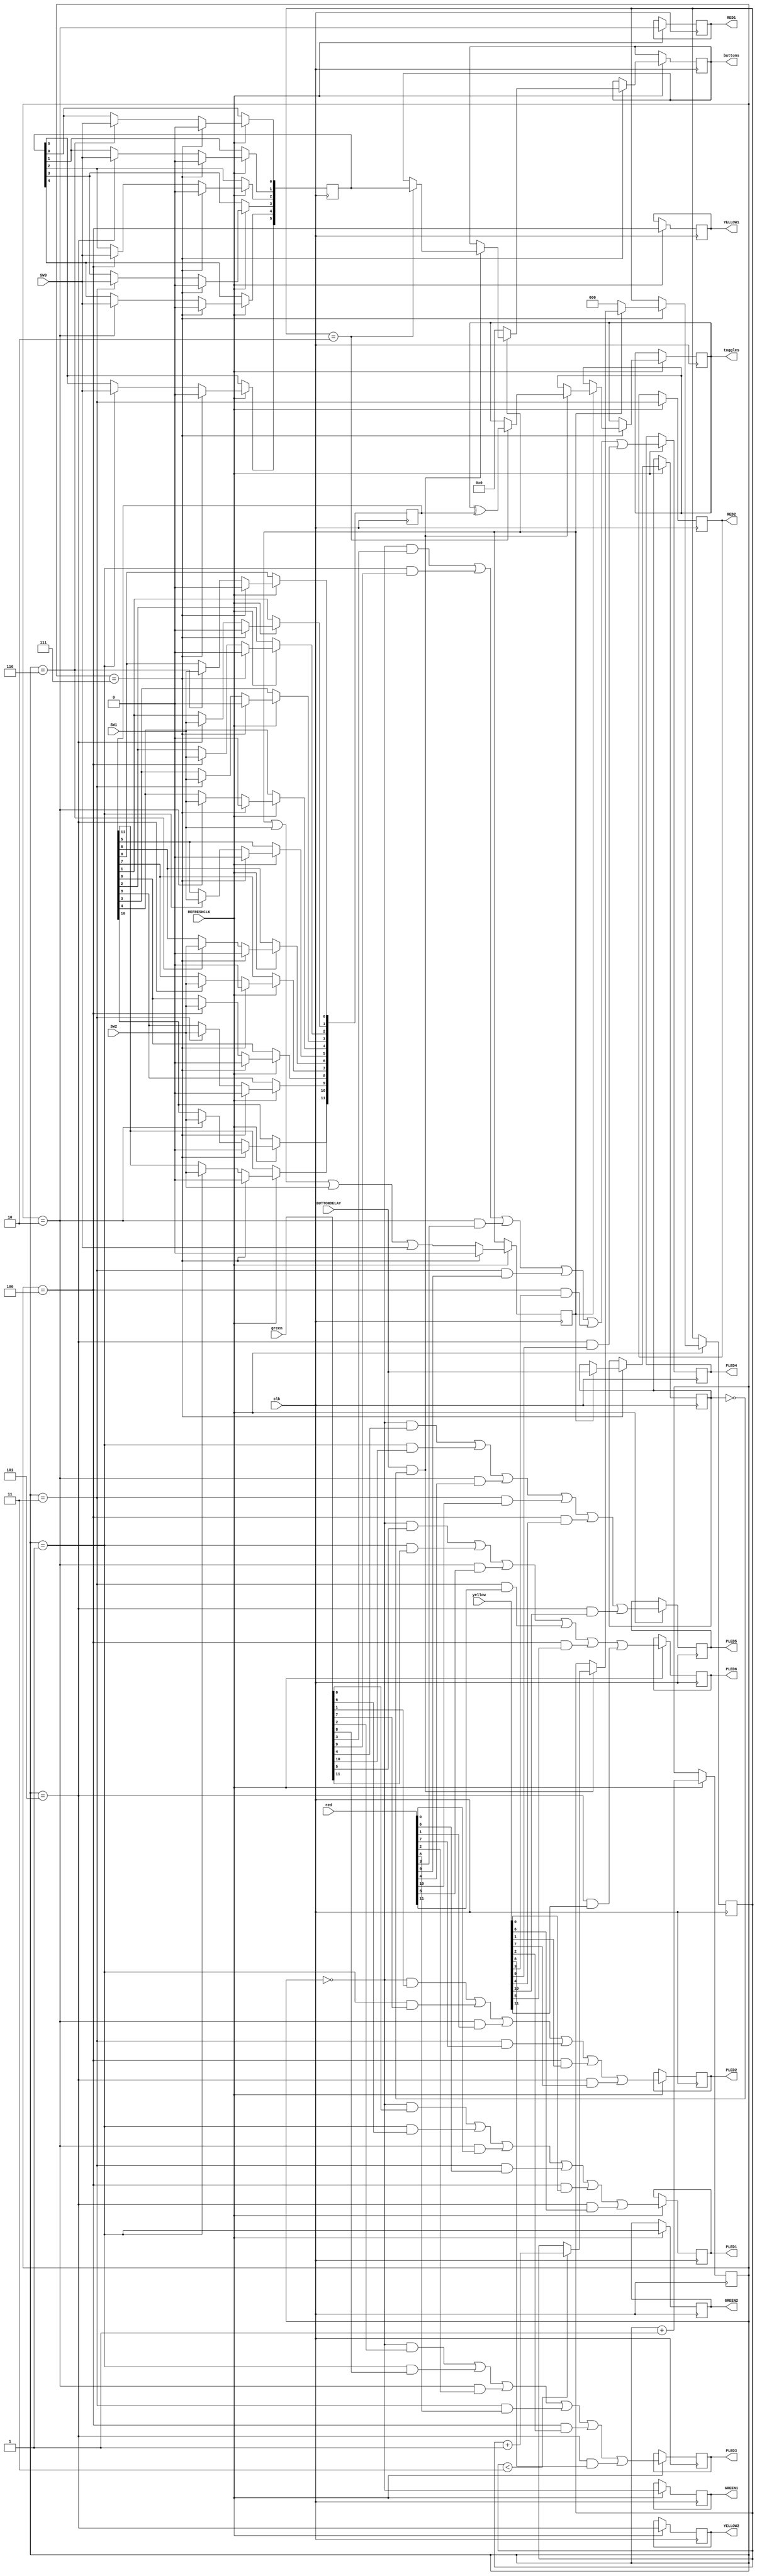
//
// FrontPanel.v - for the PDP-8 in Verilog project
//
// github.com/SmallRoomLabs/PDP8-Verilog
// Mats Engstrom - mats.engstrom@gmail.com
//
// FrontPanel | 0 | 0 | 0 | 0
//

`default_nettype none

module FrontPanel(
  input clk,
  input REFRESHCLK,
  input BUTTONDELAY,
  input [11:0]green,
  input [11:0]red,
  input [11:0]yellow,
  output reg [11:0] toggles=0,
  output reg [5:0] buttons=0,
  output reg GREEN1, GREEN2,
  output reg RED1, RED2,
  output reg YELLOW1, YELLOW2,
  output reg PLED1, PLED2, PLED3, PLED4, PLED5, PLED6,
  input SW1, SW2, SW3
);

reg  [2:0] group=0;
reg [11:0] tmpToggles=0;
reg [5:0] tmpButtons=0;
reg anyon=0;
reg [2:0]cnt=0;
reg LASTBUTTONDLY=0;

always @(posedge clk) begin
  if (REFRESHCLK) begin
      group <= group + 1;
      GREEN1  <= (group==0);
      GREEN2  <= (group==1);
      RED1    <= (group==2);
      RED2    <= (group==3);
      YELLOW1 <= (group==4);
      YELLOW2 <= (group==5);

      PLED1 <=  (group==0 &  green[0]) | (group==1 &  green[6]) |
                (group==2 &    red[0]) | (group==3 &    red[6]) |
                (group==4 & yellow[0]) | (group==5 & yellow[6]);

      PLED2 <=  (group==0 &  green[1]) | (group==1 &  green[7]) |
                (group==2 &    red[1]) | (group==3 &    red[7]) |
                (group==4 & yellow[1]) | (group==5 & yellow[7]);

      PLED3 <=  (group==0 &  green[2]) | (group==1 &  green[8]) |
                (group==2 &    red[2]) | (group==3 &    red[8]) |
                (group==4 & yellow[2]) | (group==5 & yellow[8]);

      PLED4 <=  (group==0 &  green[3]) | (group==1 &  green[9]) |
                (group==2 &    red[3]) | (group==3 &    red[9]) |
                (group==4 & yellow[3]) | (group==5 & yellow[9]);

      PLED5 <=  (group==0 &  green[4]) | (group==1 &  green[10]) |
                (group==2 &    red[4]) | (group==3 &    red[10]) |
                (group==4 & yellow[4]) | (group==5 & yellow[10]);

      PLED6 <=  (group==0 &  green[5]) | (group==1 &  green[11]) |
                (group==2 &    red[5]) | (group==3 &    red[11]) |
                (group==4 & yellow[5]) | (group==5 & yellow[11]);

      if (group==1) begin tmpToggles[5]<=SW1; tmpToggles[11]<=SW2; tmpButtons[5]<=SW3; end
      if (group==2) begin tmpToggles[4]<=SW1; tmpToggles[10]<=SW2; tmpButtons[4]<=SW3; end
      if (group==3) begin tmpToggles[3]<=SW1; tmpToggles[ 9]<=SW2; tmpButtons[3]<=SW3; end
      if (group==4) begin tmpToggles[2]<=SW1; tmpToggles[ 8]<=SW2; tmpButtons[2]<=SW3; end
      if (group==5) begin tmpToggles[1]<=SW1; tmpToggles[ 7]<=SW2; tmpButtons[1]<=SW3; end
      if (group==6) begin tmpToggles[0]<=SW1; tmpToggles[ 6]<=SW2; tmpButtons[0]<=SW3; end

      anyon <= anyon | SW1 | SW2 | SW3;

      if (group==7) begin
        if (~anyon) begin
          cnt <= 0;
          buttons <= 0;
        end else begin 
          if (BUTTONDELAY & ~LASTBUTTONDLY) begin
            if (cnt<3) cnt <= cnt + 1;
            if (cnt==2) begin
              toggles <= toggles ^ tmpToggles;
              buttons  <=  tmpButtons;
            end
          end
          LASTBUTTONDLY <= BUTTONDELAY;
        end

        anyon <= 0;
        tmpToggles <= 0;
        tmpButtons <= 0;
      end
    end
end

endmodule